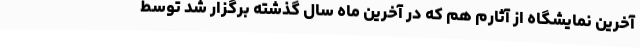
آخرین نمایشگاه از آثارم هم که در آخرین ماه‌ سال گذشته برگزار شد توسط